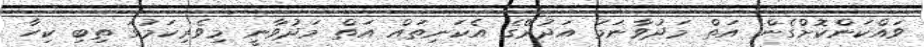
ވައްކަންކޮށްގެން އަތް މަދުވާނަމަ އަދުރޭގެ އެކަނިތައް އަތް މަދުވާނީ މިވެރިކަމުގަ ތިބި ކިހާ